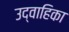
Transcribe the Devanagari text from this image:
उद्वाहिका